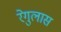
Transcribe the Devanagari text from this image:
रेगुलास